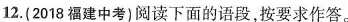
12.(2018福建中考)阅读下面的语段，按要求作答。